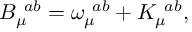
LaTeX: B _ { \mu } ^ { \, \, \, a b } = \omega _ { \mu } ^ { \, \, \, a b } + K _ { \mu } ^ { \, \, \, a b } ,